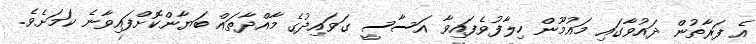
އެ ފަރާތުން ދައުވާގައި މައުމޫން ހިލާފުވެފައިވާ އަސާސީ ގަވައިދުގެ މާއްދާތައް ބަޔާންކޮށްފައިވާނެ ކަމަށެވެ.